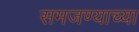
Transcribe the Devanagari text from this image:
समजण्याच्या